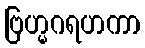
ဗြဟ္မဂရဟကာ